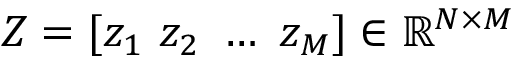
Z = [ z _ { 1 } \ z _ { 2 } \ \hdots \ z _ { M } ] \in \mathbb R ^ { N \times M }